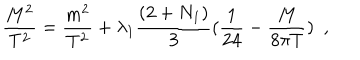
\frac { M ^ { 2 } } { T ^ { 2 } } = \frac { m ^ { 2 } } { T ^ { 2 } } + \lambda _ { 1 } \frac { ( 2 + N _ { 1 } ) } { 3 } ( \frac { 1 } { 2 4 } - \frac { M } { 8 \pi T } ) ~ ~ ,